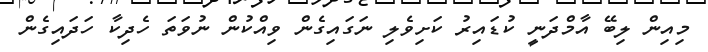
މިއިން ލިބޭ އާމްދަނީ ކުޑައިރު ކަށިވެލި ނަގައިގެން ވިއްކުން ނުވަތަ ހެދިކާ ހަދައިގެން